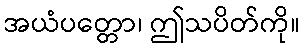
အယံပတ္တော၊ ဤသပိတ်ကို။